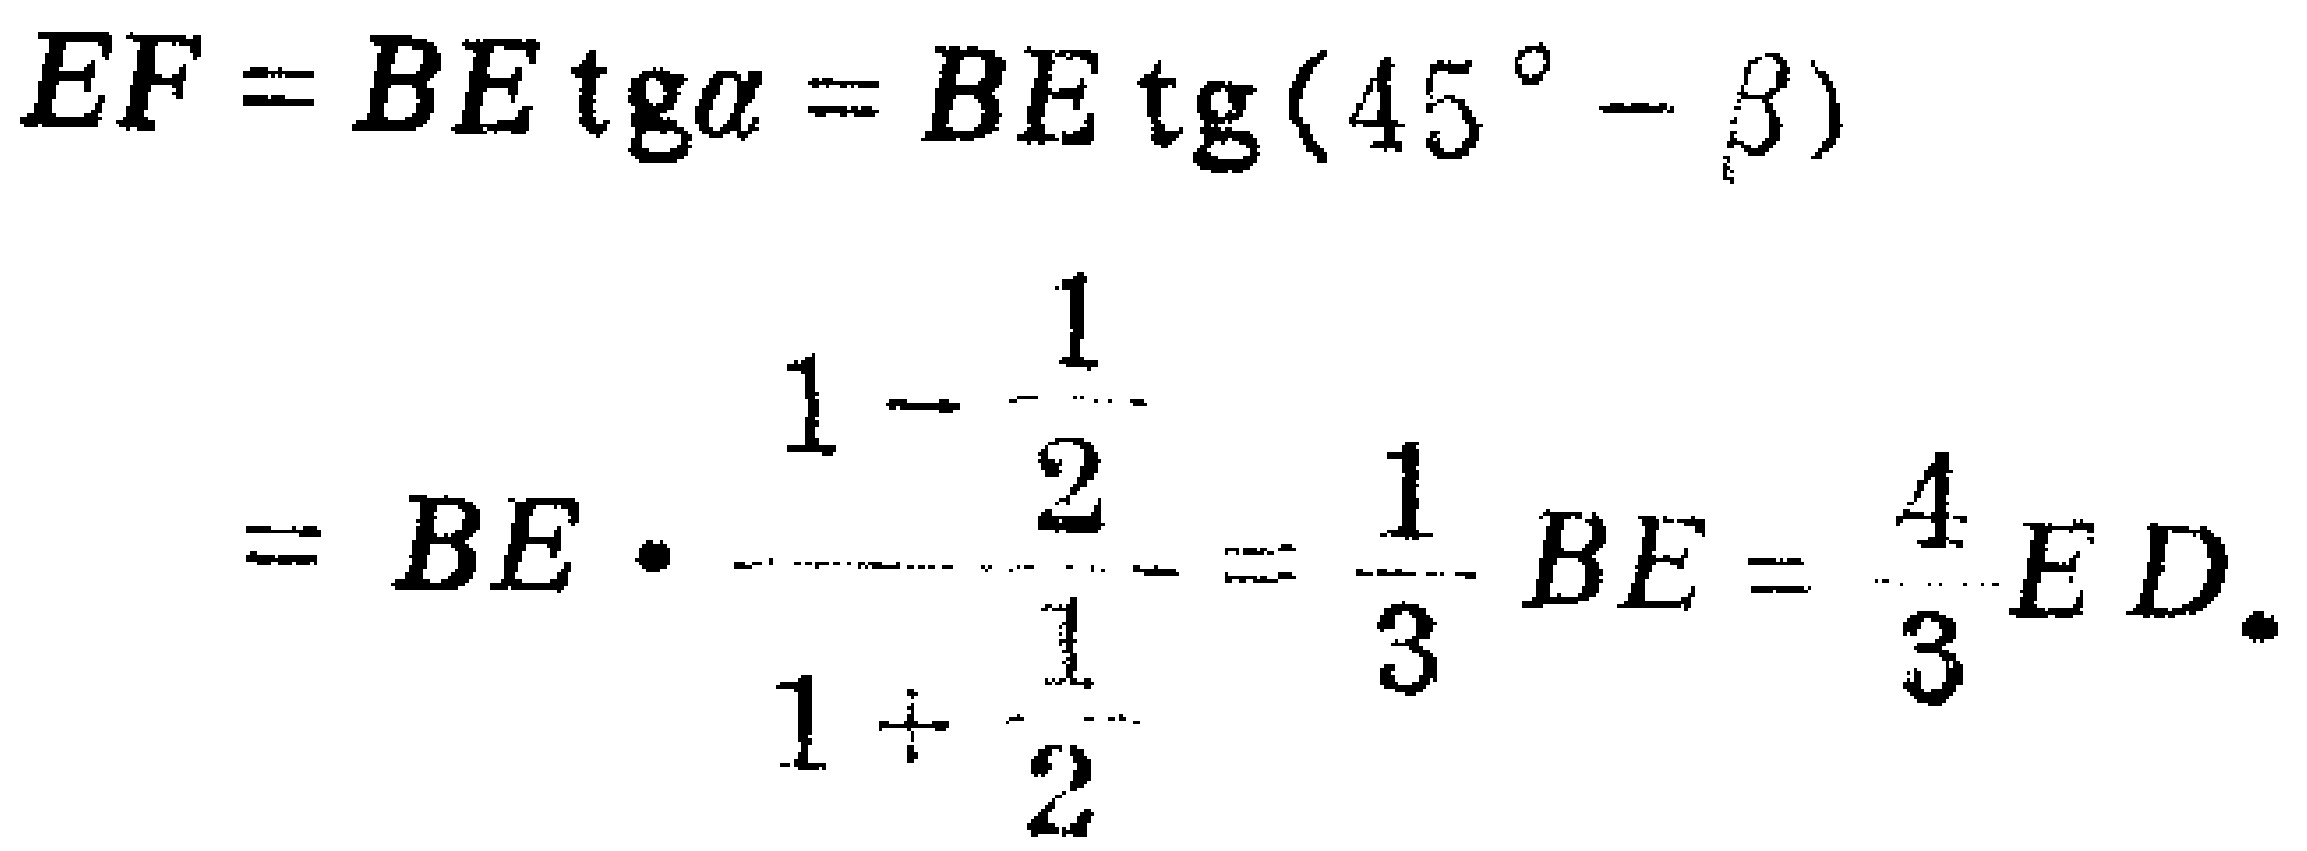
\[

\begin{align*}

EF&=BE\operatorname{tg}\alpha = BE\operatorname{tg}(45^{\circ}-\beta)\\

&=BE\cdot\frac{1 - \frac{1}{2}}{1+\frac{1}{2}}=\frac{1}{3}BE=\frac{4}{3}ED.

\end{align*}

\]